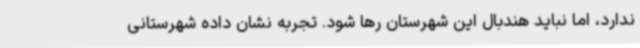
ندارد، اما نباید هندبال این شهرستان رها شود. تجربه نشان داده شهرستانی